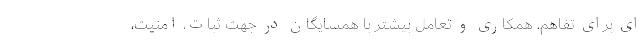
ای برای تفاهم، همکاری و تعامل بیشتر با همسایگان در جهت ثبات، امنیت،